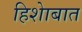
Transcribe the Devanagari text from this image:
हिशेाबात